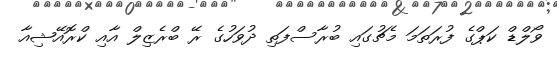
ވޯލްޑް ކަޕްގެ ފުރަތަމަ މެޗުގައި ބުރާސްފަތި ދުވަހުގެ ރޭ ބްރެޒިލް އާއި ކްރޮއޭޝިއާ